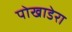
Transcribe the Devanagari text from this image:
पोखाडेरा